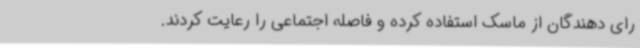
رای دهندگان از ماسک استفاده کرده و فاصله اجتماعی را رعایت کردند.